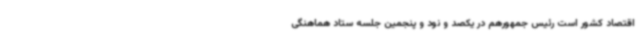
اقتصاد کشور است رئیس جمهورهم در یکصد و نود و پنجمین جلسه ستاد هماهنگی